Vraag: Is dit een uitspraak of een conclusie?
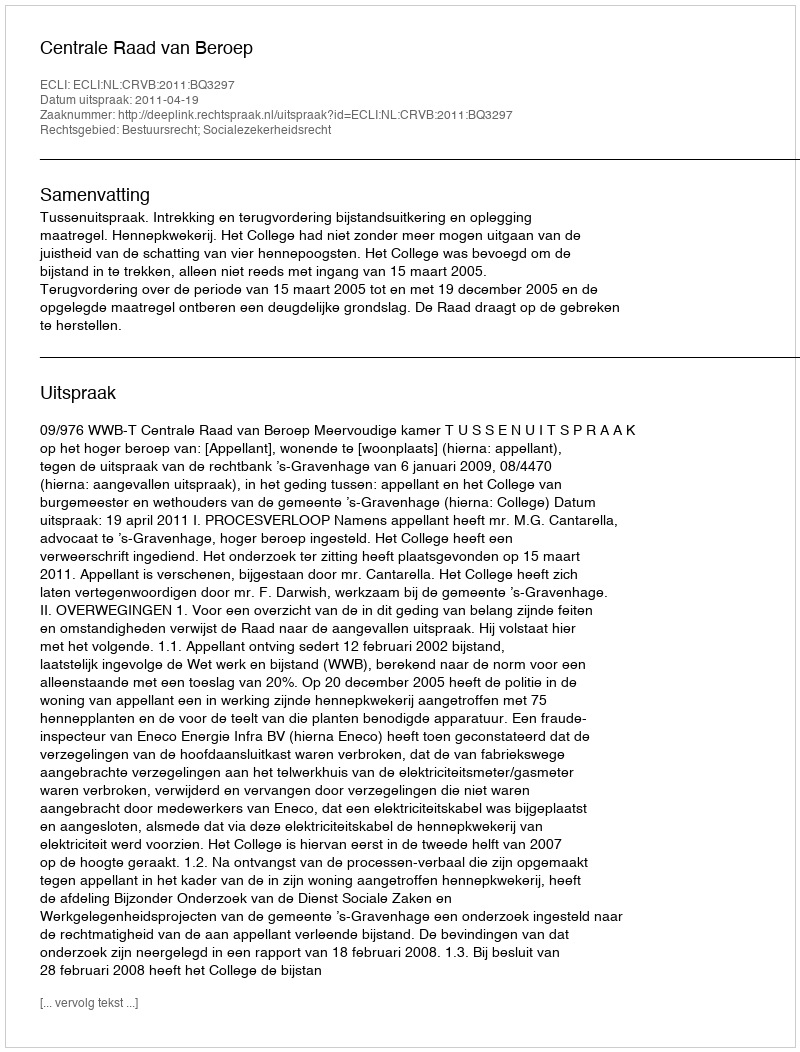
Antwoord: Uitspraak